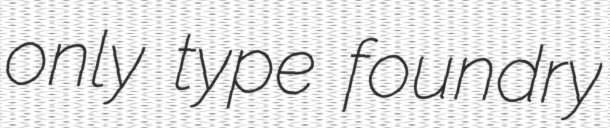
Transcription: only type foundry